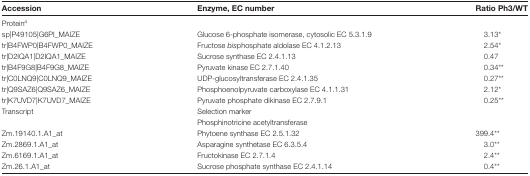
| Accession | Enzyme, EC number | Ratio Ph3/WT |
 | --- | --- | --- |
 | <COLSPAN=3> Proteina |
 | sp|P49105|G6PI_MAIZE | Glucose 6-phosphate isomerase, cytosolic EC 5.3.1.9 | 3.13* |
 | tr|B4FWP0|B4FWP0_MAIZE | Fructose bisphosphate aldolase EC 4.1.2.13 | 2.54* |
 | tr|D2IQA1|D2IQA1_MAIZE | Sucrose synthase EC 2.4.1.13 | 0.47 |
 | tr|B4F9G8|B4F9G8_MAIZE | Pyruvate kinase EC 2.7.1.40 | 0.34** |
 | tr|C0LNQ9|C0LNQ9_MAIZE | UDP-glucosyltransferase EC 2.4.1.35 | 0.27** |
 | tr|Q9SAZ6|Q9SAZ6_MAIZE | Phosphoenolpyruvate carboxylase EC 4.1.1.31 | 2.12* |
 | tr|K7UVD7|K7UVD7_MAIZE | Pyruvate phosphate dikinase EC 2.7.9.1 | 0.25** |
 | Transcript | Selection marker |  |
 |  | Phosphinotricine acetyltransferase |  |
 | Zm.19140.1.A1_at | Phytoene synthase EC 2.5.1.32 | 399.4** |
 | Zm.2869.1.A1_at | Asparagine synthetase EC 6.3.5.4 | 3.0** |
 | Zm.6169.1.A1_at | Fructokinase EC 2.7.1.4 | 2.4** |
 | Zm.26.1.A1_at | Sucrose phosphate synthase EC 2.4.1.14 | 0.4** |